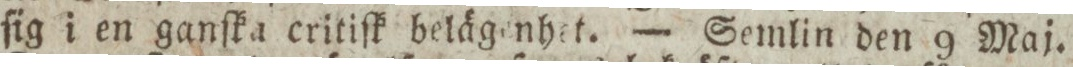
ſig i en ganſka critiſk belägenhet. — Semlin den 9 Maj.